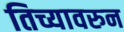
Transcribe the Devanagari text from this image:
तिच्यावरुन